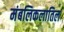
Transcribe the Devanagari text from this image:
मंबलिकलातिल